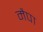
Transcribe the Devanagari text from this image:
मैपा